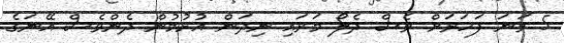
5 ވަނަ ފަހަރަށް ވެސް ދެލޯ މަރައި ނިދަން އުޅުމުން ދެންވެސް އޭނަގެ